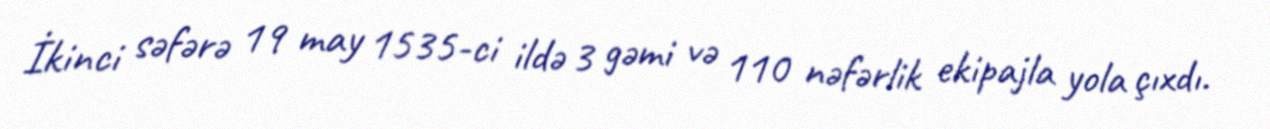
İkinci səfərə 19 may 1535-ci ildə 3 gəmi və 110 nəfərlik ekipajla yola çıxdı.